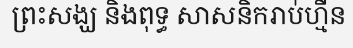
ព្រះសង្ឃ និងពុទ្ធ សាសនិករាប់ហ្មឺន